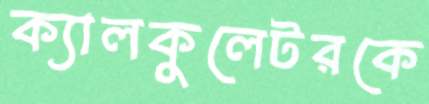
ক্যালকুলেটরকে